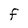
Character: F